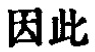
因此